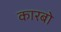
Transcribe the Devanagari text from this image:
कारबो